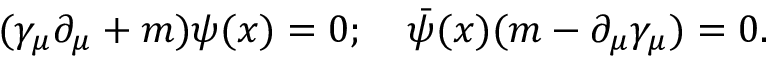
( { \gamma } _ { \mu } \partial _ { \mu } + m ) \psi ( x ) = 0 ; \quad { \bar { \psi } } ( x ) ( m - \partial _ { \mu } \gamma _ { \mu } ) = 0 .